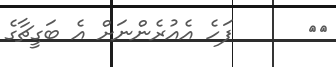
٢٦      ފަހެ އެއުރެންނަށް އެ ބަގީޗާގެ